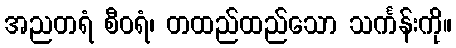
အညတရံ စီဝရံ၊ တထည်ထည်သော သင်္ကန်းကို။